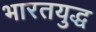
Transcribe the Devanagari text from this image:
भारतयुद्ध